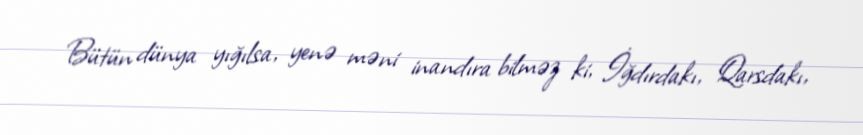
Bütün dünya yığılsa, yenə məni inandıra bilməz ki, İğdırdakı, Qarsdakı,